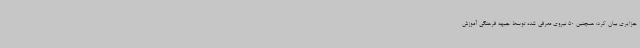
جزایری بیان کرد: همچنین 50 نیروی معرفی شده توسط جبهه فرهنگی آموزش